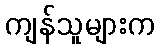
ကျန်သူများက